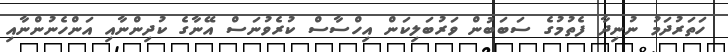
ހަތަރުދަމު ނުނިދާ ފެތުމުގެ ސަބަބުން ވަރުބަލިކަން އިހްސާސް ކުރެވުނަސް އޭނާގެ ކުދިންނާއި އަންހެނުންނާއި